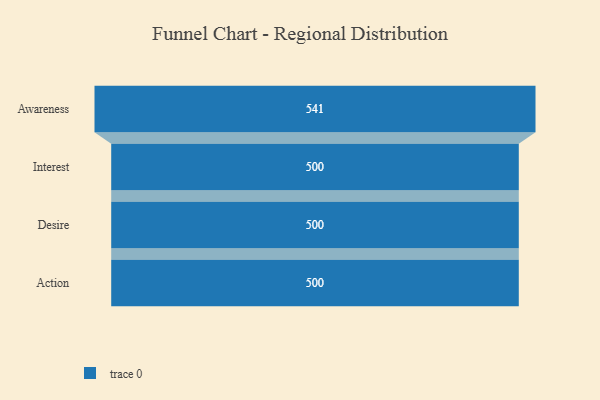
{"axis": {"x": "Stage", "y": "Value"}, "legend": [""], "data": [{"x": "Awareness", "y": 541.0, "type": ""}, {"x": "Interest", "y": 500, "type": ""}, {"x": "Desire", "y": 500, "type": ""}, {"x": "Action", "y": 500, "type": ""}]}